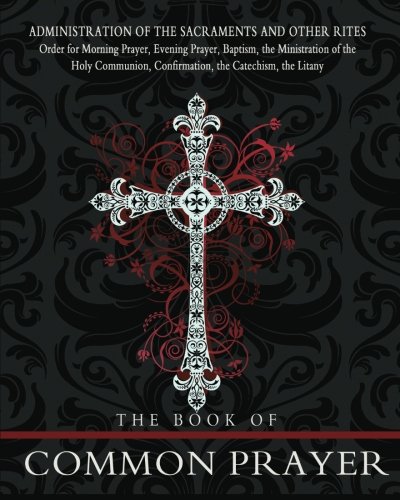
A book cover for The Book of Common Prayer; The Episcopal Church; Christian Books & Bibles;